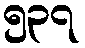
၅၃၇